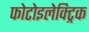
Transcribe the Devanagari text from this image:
फोटोइलेक्ट्रिक